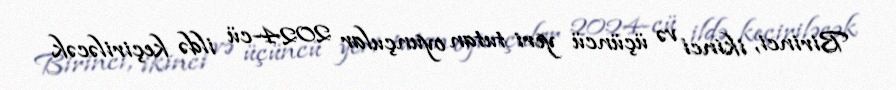
Birinci, ikinci və üçüncü yeri tutan oyunçular 2024-cü ildə keçiriləcək